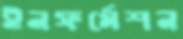
ইনফর্মেশন